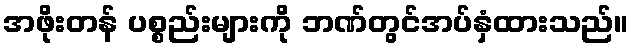
အဖိုးတန် ပစ္စည်းများကို ဘဏ်တွင်အပ်နှံထားသည်။